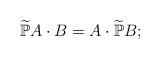
LaTeX: \begin{align*} \widetilde{\mathbb P} A \cdot B= A \cdot\widetilde{\mathbb P} B;\end{align*}